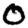
Digit: 0